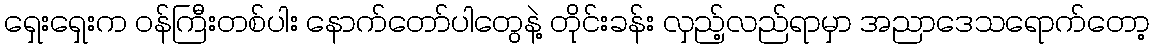
ရှေးရှေးက ဝန်ကြီးတစ်ပါး နောက်တော်ပါတွေနဲ့ တိုင်းခန်း လှည့်လည်ရာမှာ အညာဒေသရောက်တော့